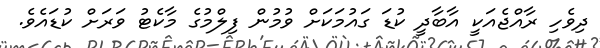
ދިވެހި ރާއްޖެއަކީ އާބާދީ ކުޑަ ގައުމަކަށް ވުމުން ފިލްމުގެ މާކެޓު ވަރަށް ކުޑައެވެ.